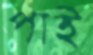
পাই